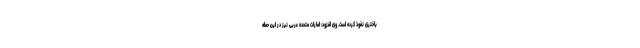
باختری نفوذ کرده‌ است. وی افزود: امارات متحده عربی نیز در این حمله